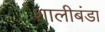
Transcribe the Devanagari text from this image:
शालीबंडा